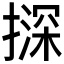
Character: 𪮨